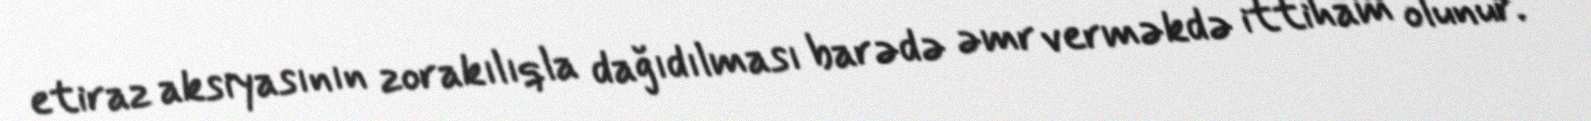
etiraz aksiyasının zorakılıqla dağıdılması barədə əmr verməkdə ittiham olunur.